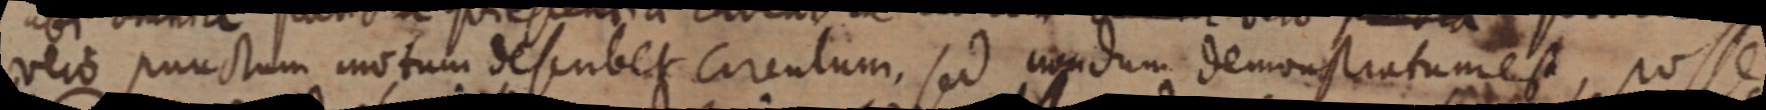
vero punctum motum describet circulum, sed nondum demonstratum est, posse